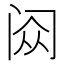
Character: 𬮥